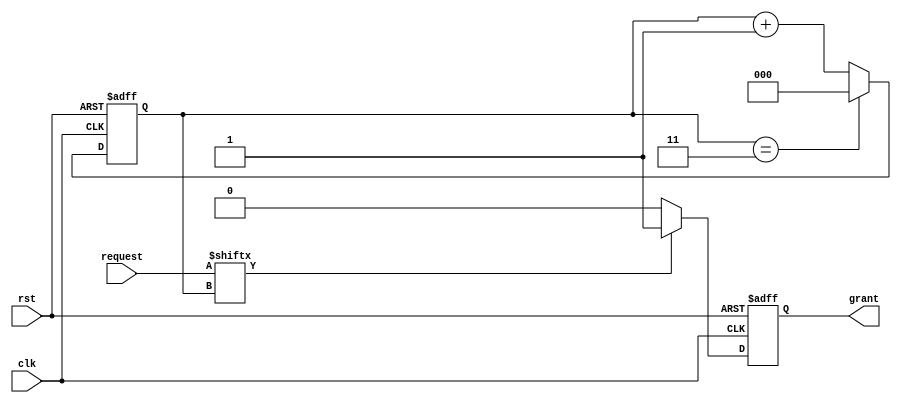
module round_robin_arbiter (
    input wire clk,
    input wire rst,
    input wire [3:0] request,
    output reg grant
);

reg [2:0] counter;

always @(posedge clk or posedge rst) begin
    if (rst) begin
        counter <= 3'b000;
        grant <= 1'b0;
    end else begin
        if (request[counter]) begin
            grant <= 1'b1;
        end else begin
            grant <= 1'b0;
        end
        
        counter <= counter + 1;
        if (counter == 3) begin
            counter <= 3'b000;
        end
    end
end

endmodule